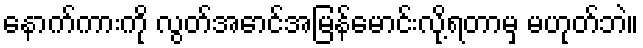
နောက်ကားကို လွတ်အောင်အမြန်မောင်းလို့ရတာမှ မဟုတ်ဘဲ။